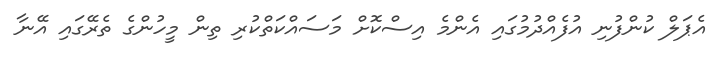
އެޕަލް ކުންފުނި އުފެއްދުމުގައި އެންމެ އިސްކޮށް މަސައްކަތްކުރި ތިން މީހުންގެ ތެރޭގައި އޭނާ